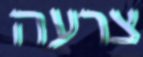
צרעה